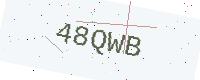
Text: 48QWB